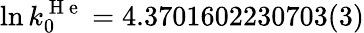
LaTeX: \ln k_{0}^{\mathrm{~H~e~}}=4.3701602230703(3)